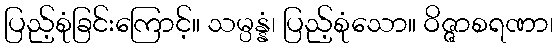
ပြည့်စုံခြင်းကြောင့်။ သမ္ပန္နံ၊ ပြည့်စုံသော။ ဝိဇ္ဇာစရဏာ၊